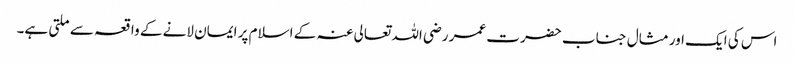
اس کی ایک اور مثال جناب حضرت عمر رضی اللہ تعالی عنہ کے اسلام پر ایمان لانے کے واقعہ سے ملتی ہے۔